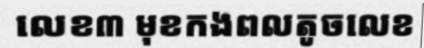
លេខ៣ មុខកងពលតូចលេខ